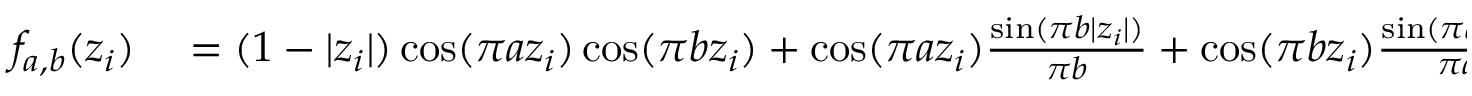
\begin{array} { r l } { f _ { a , b } ( z _ { i } ) } & { { } = ( 1 - | z _ { i } | ) \cos ( \pi a z _ { i } ) \cos ( \pi b z _ { i } ) + \cos ( \pi a z _ { i } ) \frac { \sin ( \pi b | z _ { i } | ) } { \pi b } + \cos ( \pi b z _ { i } ) \frac { \sin ( \pi a | z _ { i } | ) } { \pi a } } \end{array}